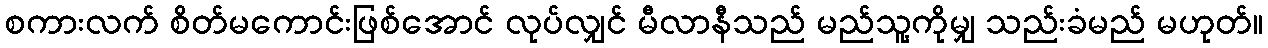
စကားလက် စိတ်မကောင်းဖြစ်အောင် လုပ်လျှင် မီလာနီသည် မည်သူ့ကိုမျှ သည်းခံမည် မဟုတ်။